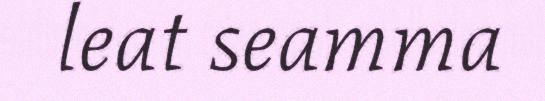
leat seamma